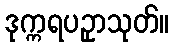
ဒုက္ကရပဥှာသုတ်။